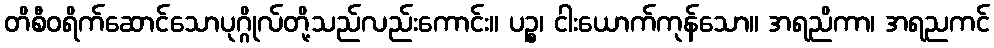
တိစီဝရိက်ဆောင်သောပုဂ္ဂိုလ်တို့သည်လည်းကောင်း။ ပဉ္စ၊ ငါးယောက်ကုန်သော။ အရညိကာ၊ အရညကင်